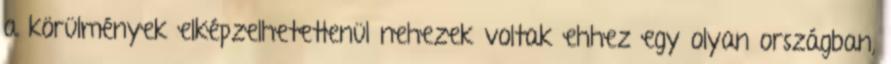
a körülmények elképzelhetetlenül nehezek voltak ehhez egy olyan országban,